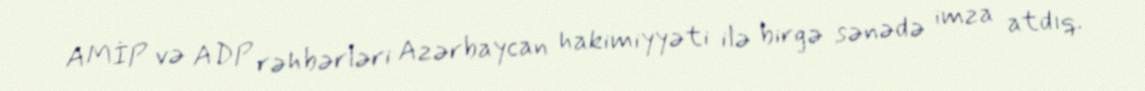
AMİP və ADP rəhbərləri Azərbaycan hakimiyyəti ilə birgə sənədə imza atdıq.